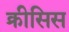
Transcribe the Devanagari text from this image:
क्रीसिस